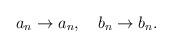
LaTeX: \begin{align*} a_n \rightarrow a_n, \quad b_n \rightarrow b_n.\end{align*}